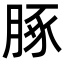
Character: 䐁